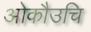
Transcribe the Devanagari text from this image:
ओकौउचि